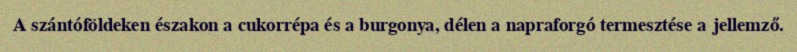
A szántóföldeken északon a cukorrépa és a burgonya, délen a napraforgó termesztése a jellemző.